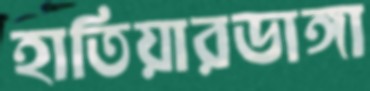
হাতিয়ারডাঙ্গা